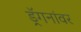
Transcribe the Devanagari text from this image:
ड्रॅगनांवर